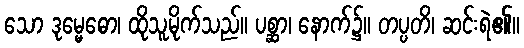
သော ဒုမ္မေဓော၊ ထိုသူမိုက်သည်။ ပစ္ဆာ၊ နောက်၌။ တပ္ပတိ၊ ဆင်းရဲ၏။